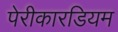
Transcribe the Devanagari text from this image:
पेरीकारडियम